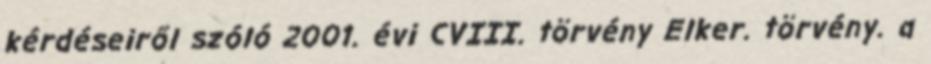
kérdéseiről szóló 2001. évi CVIII. törvény Elker. törvény. a